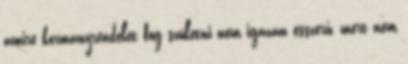
amire kormányrendelet fog születni nem igazán ésszerű, mert nem